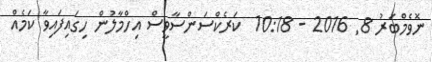
ނޮވެމްބަރު 8